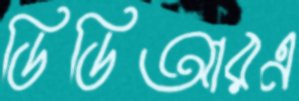
ডিডিআরএ